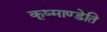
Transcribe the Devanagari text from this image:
कूष्माण्डेति